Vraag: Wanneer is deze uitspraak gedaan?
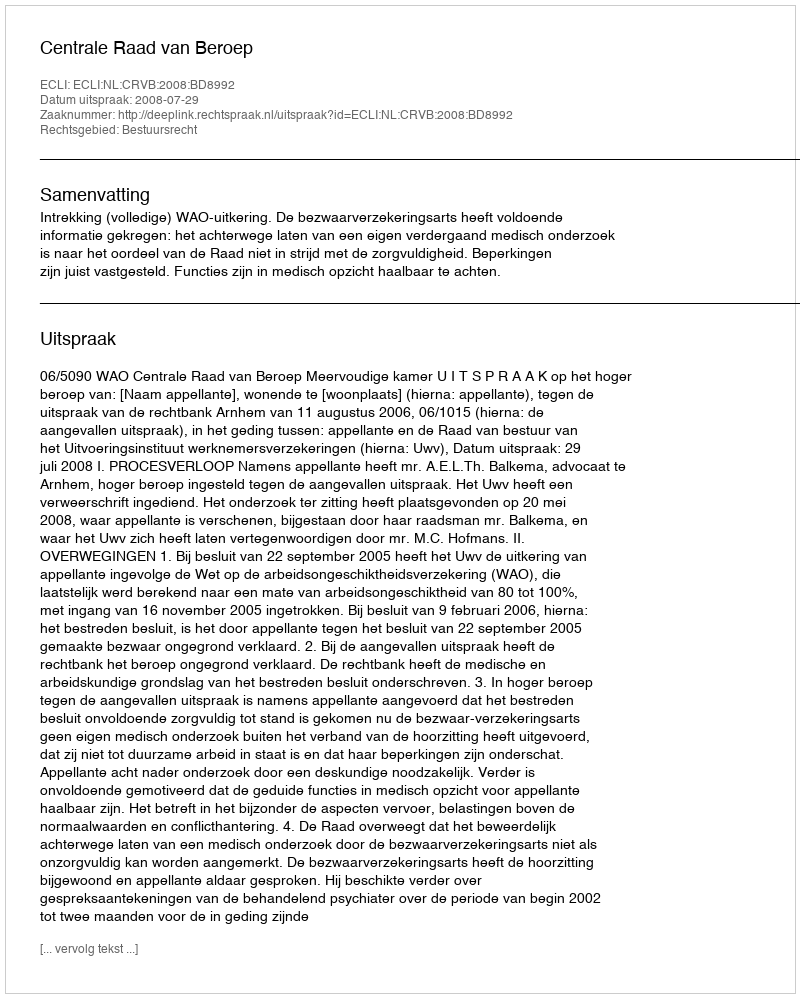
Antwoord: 2008-07-29